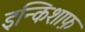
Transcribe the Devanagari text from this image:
इन्किशाफ़